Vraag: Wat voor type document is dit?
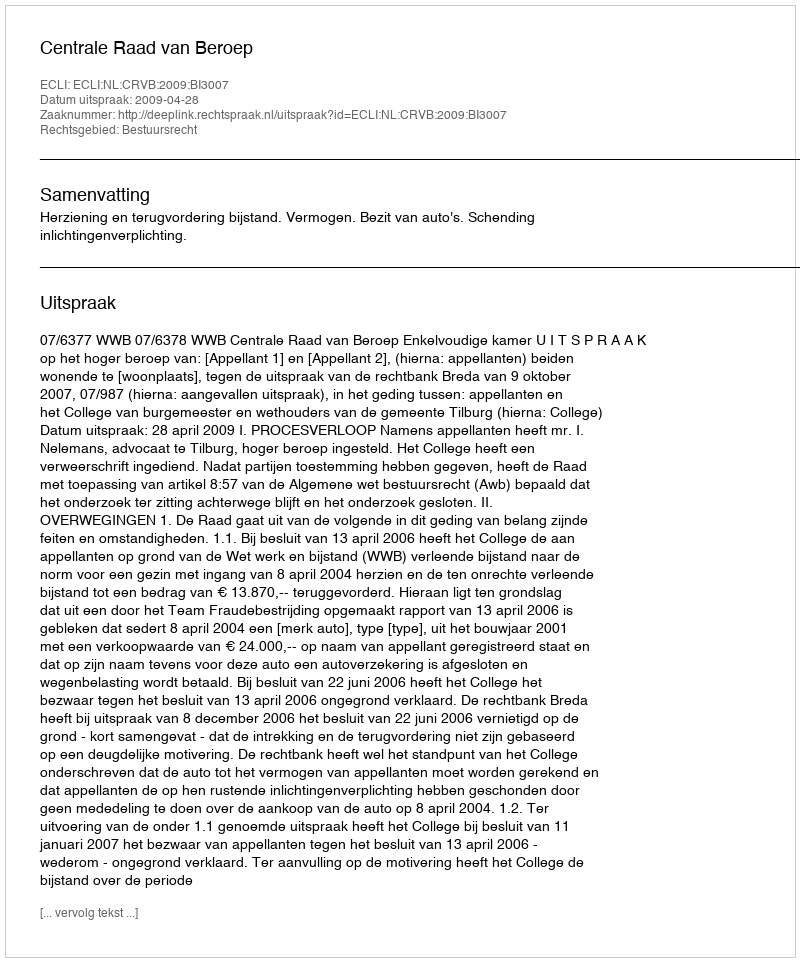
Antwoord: Uitspraak